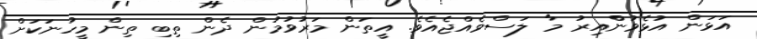
އަޅަން އުޅެވުންްއިރު މާ ލަސްވެއްޖެއެވެ. އީތަން މަރުވުމުން ދެން ތިބި ތިން މީހުނަކަށް